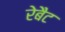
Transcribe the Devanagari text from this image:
रेबैट